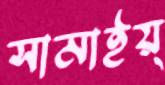
সামাইয়্